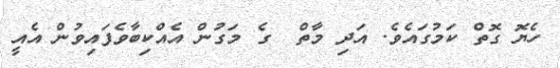
ހެޔޮ ގޮތް ކަމުގައެވެ. އަދި މާތް  ގެ މަގުން އެއްކިބާވެފައިވުން އެއީ